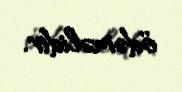
ödəməlidir.